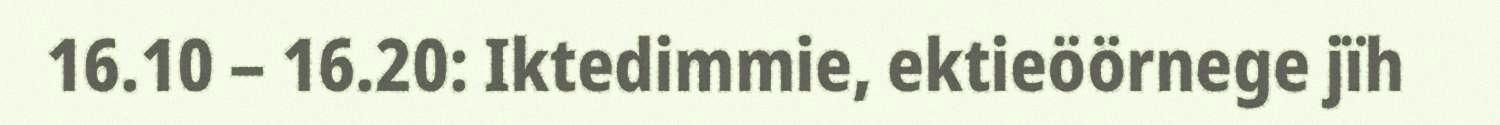
16.10 – 16.20: Iktedimmie, ektieöörnege jïh